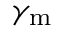
\gamma _ { \mathrm { m } }